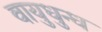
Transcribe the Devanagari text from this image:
वायुधुन्ध